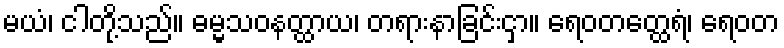
မယံ၊ ငါတို့သည်။ ဓမ္မသဝနတ္ထာယ၊ တရားနာခြင်းငှာ။ ရေဝတတ္ထေရံ၊ ရေဝတ